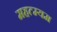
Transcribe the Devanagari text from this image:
महत्म्यम